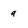
Character: 9